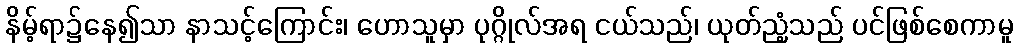
နိမ့်ရာ၌နေ၍သာ နာသင့်ကြောင်း၊ ဟောသူမှာ ပုဂ္ဂိုလ်အရ ငယ်သည်၊ ယုတ်ညံ့သည် ပင်ဖြစ်စေကာမူ